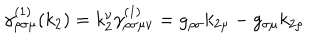
\gamma _ { \rho \sigma \mu } ^ { ( 1 ) } ( k _ { 2 } ) = k _ { 2 } ^ { \nu } \gamma _ { \rho \sigma \mu \nu } ^ { ( 1 ) } = g _ { \rho \sigma } k _ { 2 \mu } - g _ { \sigma \mu } k _ { 2 \rho }